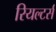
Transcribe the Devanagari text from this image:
रियल्टर्स